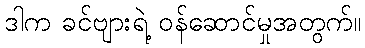
ဒါက ခင်ဗျားရဲ့ ဝန်ဆောင်မှုအတွက်။